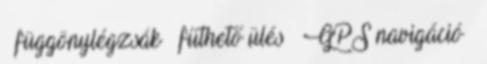
– függönylégzsák – fűthető ülés – GPS navigáció –